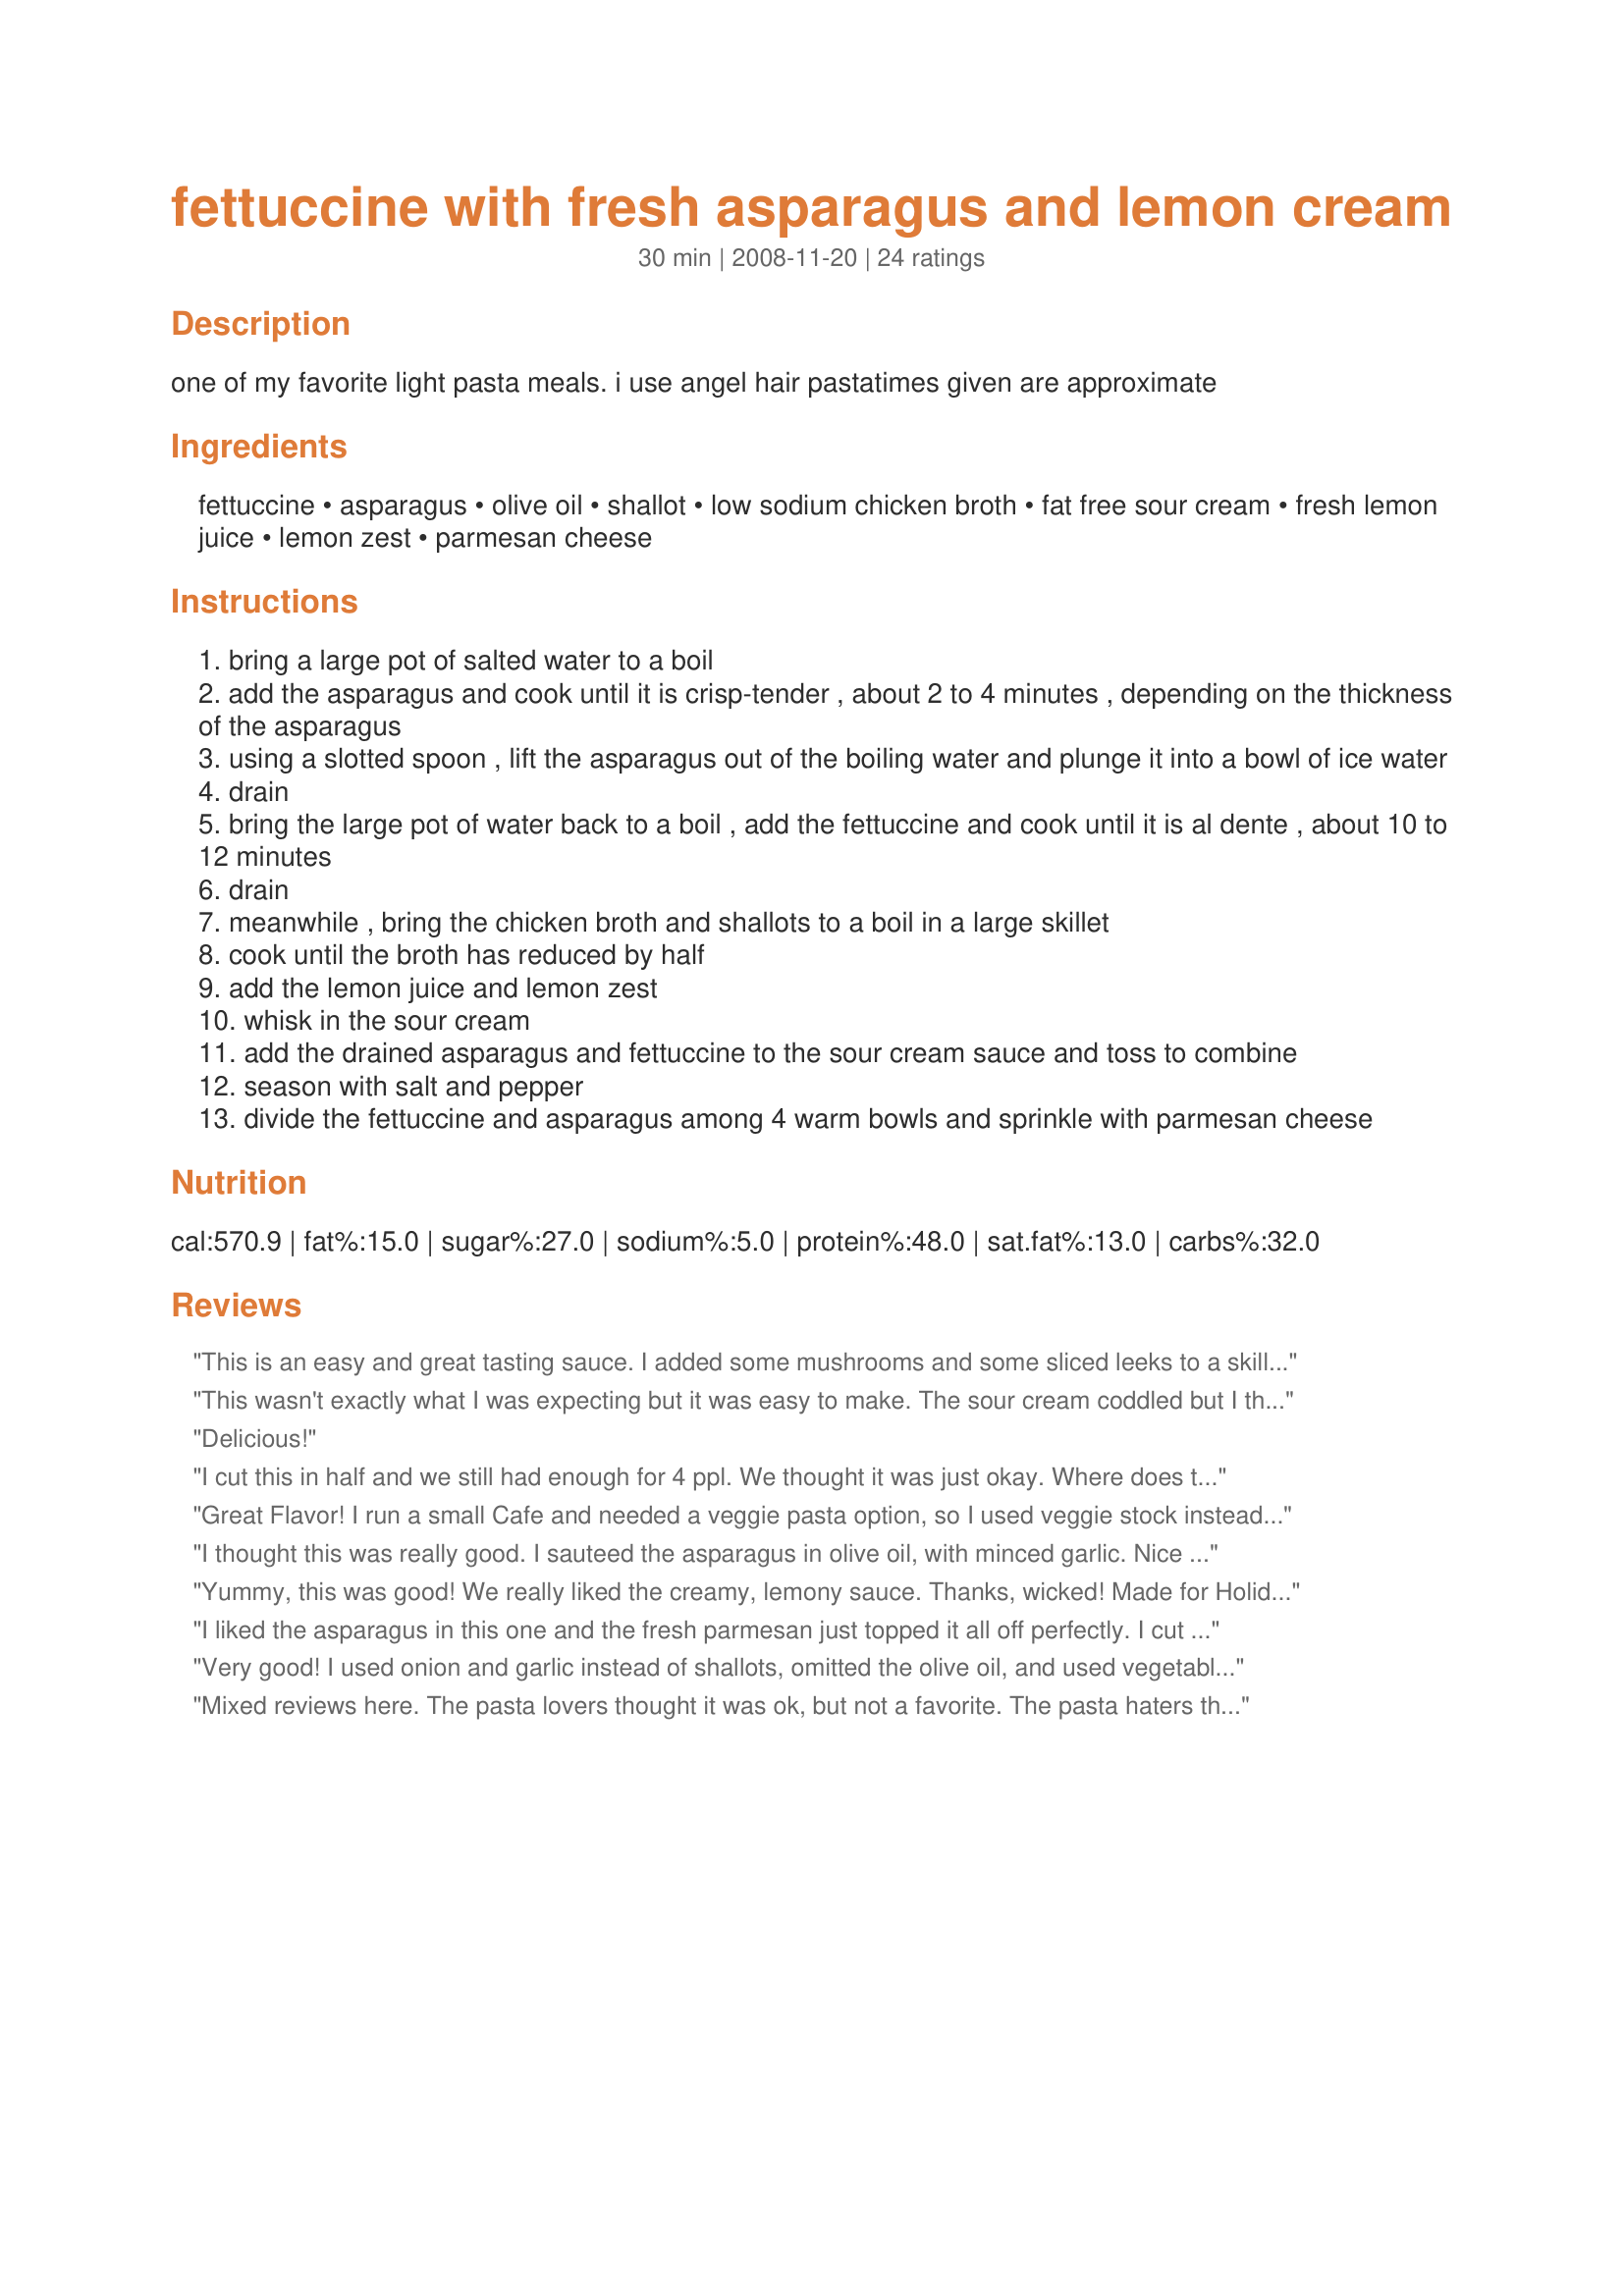
fettuccine with fresh asparagus and lemon cream
Preparation time: 30 minutes

one of my favorite light pasta meals.
i use angel hair pastatimes given are approximate

Ingredients:
fettuccine, asparagus, olive oil, shallot, low sodium chicken broth, fat free sour cream, fresh lemon juice, lemon zest, parmesan cheese

Steps:
bring a large pot of salted water to a boil
add the asparagus and cook until it is crisp-tender , about 2 to 4 minutes , depending on the thickness of the asparagus
using a slotted spoon , lift the asparagus out of the boiling water and plunge it into a bowl of ice water
drain
bring the large pot of water back to a boil , add the fettuccine and cook until it is al dente , about 10 to 12 minutes
drain
meanwhile , bring the chicken broth and shallots to a boil in a large skillet
cook until the broth has reduced by half
add the lemon juice and lemon zest
whisk in the sour cream
add the drained asparagus and fettuccine to the sour cream sauce and toss to combine
season with salt and pepper
divide the fettuccine and asparagus among 4 warm bowls and sprinkle with parmesan cheese

Reviews:
This is an easy and great tasting sauce. I added some mushrooms and some sliced leeks to a skillet, poured in the chicken broth and then let that reduce. Then I followed the directions but at the end I had some fresh spinach I needed to use up so I threw that in the sauce right before I spooned it over pasta. Delicious!!
This wasn't exactly what I was expecting but it was easy to make. The sour cream coddled but I think that may have been my fault. I used fresh locally made fettuccine and locally grown asparagus. Thanks! Reviewed for ZWT 2009.
Delicious!
I cut this in half and we still had enough for 4 ppl. We thought it was just okay. Where does the olive oil come in? I didn't know so I didn't add it.
Great Flavor! I run a small Cafe and needed a veggie pasta option, so I used veggie stock instead of chicken. And since this is made by order, I just chopped the asparagus and cooked it a little in the lemon and veggie stock before adding the cream (one pan cooking in you like). In addition I didn't have sour cream, so I used regular cooking cream, and added 1/2 cup grated cheese.
I thought this was really good. I sauteed the asparagus in olive oil, with minced garlic. Nice flavor.
Yummy, this was good! We really liked the creamy, lemony sauce. Thanks, wicked! Made for Holiday tag.
I liked the asparagus in this one and the fresh parmesan just topped it all off perfectly. I cut back on the lemon because my one DS doesn't love it. I used fresh pasta, and it was good with this recipe but I would recommend that you stick with the dry pasta however. Very easy to make and enjoyable. Made for Everyday is a Holiday. Thanks!
Very good! I used onion and garlic instead of shallots, omitted the olive oil, and used vegetable broth and stored grated Parmesan instead. Fresh taste and nice flavor.
Mixed reviews here. The pasta lovers thought it was ok, but not a favorite. The pasta haters thought it was really good. I&#039;ll make it again bcz it&#039;s harder to please those who don&#039;t really like pasta.
So good! I also added mushrooms. My 2-year-old even asked for seconds! Thanks! I will definitely be making this again.
I could not stop eating this, the taste is devine. I used half the fettuccine & asparagus, but kept everything else the same, did add a little 1/2 & 1/2 and a shot of pepper flakes.thank you so much for this recipe.
We really enjoyed this side dish...it was refreshing and light. I used half of spinach fettuccine and half regular....pretty presentaion.
Wow, what a grand taste of pasta, lemon, and asparagus. Absolutely topped notch here. Could easily pass for a restaurant quality dish. I followed this exactly, except used whole wheat spaghetti, and at the end, put a couple of grilled shrimp on top to round out the protein. The fresh lemon is a must here, because the zest really brings the flavors over the top delicious. I grated the shallot and mixed slowly into the broth and was so happy together, the whole dish is just wonderful and will use this quite often, especially when friends come to visit! Thank you, wicked cook! Made for *Everyday is a Holiday* Fall 2008
Wonderfully lemony, so pleasingly low in fat and tasty both warm and cold - for the next day's lunch! I made this exactly to the recipe except for using angel hair pasta as wicked chef had suggested and adding a couple of cloves of minced garlic (love garlic) in step 3. Great healthy pasta recipe which I'm so pleased to have found. Thanks for sharing this recipe, wicked. :) I'll be making this again. Next time I'm thinking I'll add some slivered almonds just before serving. Made for 1-2-3 Hit Wonders.
Quick side dish while asparagus is in season. Flavors blended very well together. The fresh lemon juice and zest is a must. A definite keeper here.
Lovely blend of flavors - so light and delicious, and it smelled wonderful while cooking. I used spaghetti noodles and white asparagus. Thanks for sharing!
I fudged a bit on the amounts, since I had some leftovers, and it was just for one and some for lunch tomorrow, but I do Love Lemon, and was too lazy (also, some paper cuts on the hands) so I used lemon pepper, but the taste was great, also added some portabellas, great recipe and will definitely use this again, thanks for the "Great Eats!"
This is a real winner! Easy to throw together on a weeknight but definitely special enough for company. I served as a side dish with garlic butter mussels -- the boyfriend went back for seconds on the pasta, but not the mussels. This pasta could easily work as a main dish as well. Thanks Wicked for a keeper!
At first I though there was not enough sauce. But finally I really enjoyed it. I loved the fresh taste. And it's so healthy. I didn't have fettucine so I used spaghetti. I didn't use the oil. I omitted the shallots. It was great with the parmesan cheese. Thanks WickedCook. Made for Please Review My Recipe
*Reviewed during ZWT5 France visit for the CHow Hounds* Thanks Wicked- easy and tasty pasta dish. I used gluten-free fettuccine and stock/broth to make this dish suitable to my diet. Easy to put together and I loved the french shallots and asparagus with the lemony flavours. I think though that my gluten-free pasta absorbed the sauce...as gf pasta tends to do. Next time I might just not drain my opasta so well. Photo being posted...but its not a great one. Thanks for a very tasty quick dinner.
This was excellent. My family loves Asparagus so this hit the spot. Served with Recipe # 295459. Made by member of "Cooks With Dirty Faces" for ZWT5
Really really good, i normally make a higher fat one so this is a nice change when i want to be good
Really liked this recipe. Quick and easy to make. I steamed my cut aspargus using more water in my steamer. Once aspargus tender, the water was boiling to add spagetti. All the while i was simmering the sauce. I did not use lemon juice, just more zest and added more parmesan cheese. I topped with shrimp scampi before serving. Just wonderful, so light and refreshing. Thank You!
